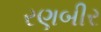
રણબીર